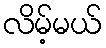
လိမ့်မယ်